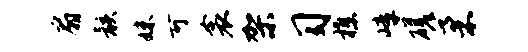
扇骸妹可衾架习樵嶂磋柔